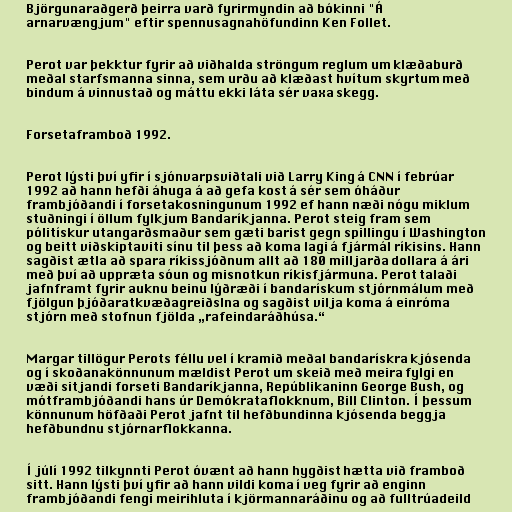
Björgunaraðgerð þeirra varð fyrirmyndin að bókinni "Á
arnarvængjum" eftir spennusagnahöfundinn Ken Follet.

Perot var þekktur fyrir að viðhalda ströngum reglum um klæðaburð
meðal starfsmanna sinna, sem urðu að klæðast hvítum skyrtum með
bindum á vinnustað og máttu ekki láta sér vaxa skegg.

Forsetaframboð 1992.

Perot lýsti því yfir í sjónvarpsviðtali við Larry King á CNN í febrúar
1992 að hann hefði áhuga á að gefa kost á sér sem óháður
frambjóðandi í forsetakosningunum 1992 ef hann næði nógu miklum
stuðningi í öllum fylkjum Bandaríkjanna. Perot steig fram sem
pólitískur utangarðsmaður sem gæti barist gegn spillingu í Washington
og beitt viðskiptaviti sínu til þess að koma lagi á fjármál ríkisins. Hann
sagðist ætla að spara ríkissjóðnum allt að 180 milljarða dollara á ári
með því að uppræta sóun og misnotkun ríkisfjármuna. Perot talaði
jafnframt fyrir auknu beinu lýðræði í bandarískum stjórnmálum með
fjölgun þjóðaratkvæðagreiðslna og sagðist vilja koma á einróma
stjórn með stofnun fjölda „rafeindaráðhúsa.“

Margar tillögur Perots féllu vel í kramið meðal bandarískra kjósenda
og í skoðanakönnunum mældist Perot um skeið með meira fylgi en
væði sitjandi forseti Bandaríkjanna, Repúblikaninn George Bush, og
mótframbjóðandi hans úr Demókrataflokknum, Bill Clinton. Í þessum
könnunum höfðaði Perot jafnt til hefðbundinna kjósenda beggja
hefðbundnu stjórnarflokkanna.

Í júlí 1992 tilkynnti Perot óvænt að hann hygðist hætta við framboð
sitt. Hann lýsti því yfir að hann vildi koma í veg fyrir að enginn
frambjóðandi fengi meirihluta í kjörmannaráðinu og að fulltrúadeild